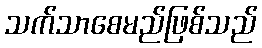
သက်သာစေမည်ဖြစ်သည်